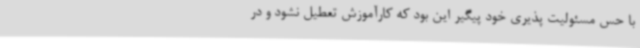
با حس مسئولیت پذیری خود پیگیر این بود که کارآموزش تعطیل نشود و در